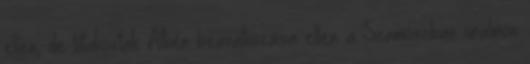
ellen, de tiltakoztak Athén beavatkozása ellen a Szamoszban uralmon